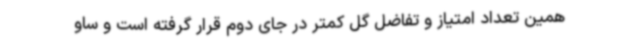
همین تعداد امتیاز و تفاضل گل کمتر در جای دوم قرار گرفته است و ساو